Report of the Indian Hemp Drugs Commission, 1894-1895 - Volume V
Year: 1894
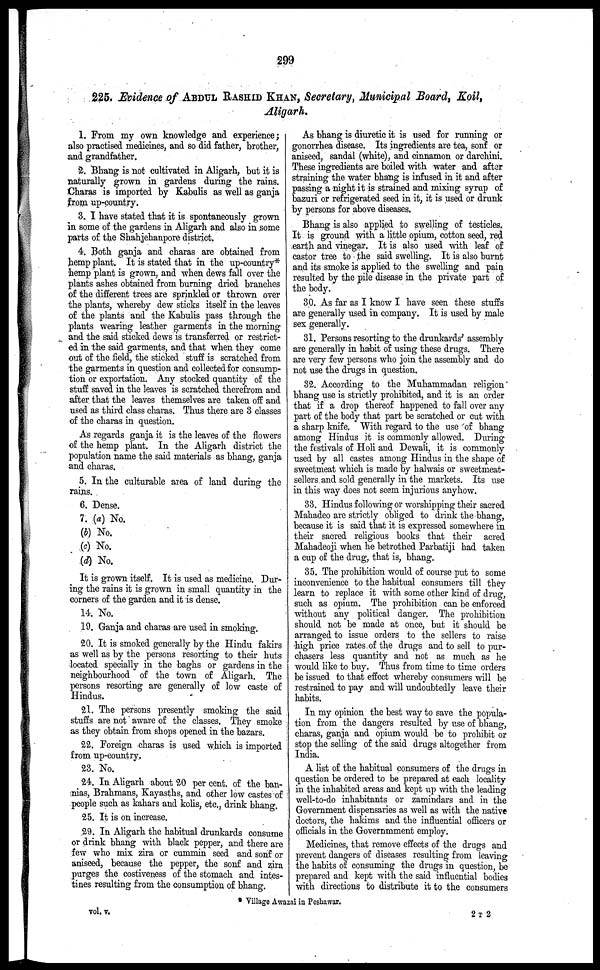
299
225. Evidence of ABDUL RASHID KHAN, Secretary, Municipal Board, Koil,
Aligarh.
1. From my own knowledge and experience;
also practised medicines, and so did rather, brother,
and grandfather.
2. Bhang is not cultivated in Aligarh, but it is
naturally grown in gardens during the rains.
Charas is imported by Kabulis as well as ganja
from up-country.
3. I have stated that it is spontaneously grown
in some of the gardens in Aligarh and also in some
parts of the Shahjehanpore district.
4. Both ganja and charas are obtained from
hemp plant. It is stated that in the up-country*
hemp plant is grown, and when dews fall over the
plants ashes obtained from burning dried branches
of the different trees are sprinkled or thrown over
the plants, whereby dew sticks itself in the leaves
of the plants and the Kabulis pass through the
plants wearing leather garments in the morning
and the said sticked dews is transferred or restrict-
ed in the said garments, and that when they come
out of the field, the sticked stuff is scratched from
the garments in question and collected for consump-
tion or exportation. Any stocked quantity of the
stuff saved in the leaves is scratched therefrom and
after that the leaves themselves are taken off and
used as third class charas. Thus there are 3 classes
of the charas in question.
As regards ganja it is the leaves of the flowers
of the hemp plant. In the Aligarh district the
population name the said materials as bhang, ganja
and charas.
5. In the culturable area of land during the
rains.
6. Dense.
7. (a) No.
(b) No.
(c) No.
(d) No.
It is grown itself. It is used as medicine. Dur-
ing the rains it is grown in small quantity in the
corners of the garden and it is dense.
14. No.
19. Ganja and charas are used in smoking.
20. It is smoked generally by the Hindu fakirs
as well as by the persons resorting to their huts
located specially in the baghs or gardens in the
neighbourhood of the town of Aligarh. The
persons resorting are generally of low caste of
Hindus.
21. The persons presently smoking the said
stuffs are not aware of the classes. They smoke
as they obtain from shops opened in the bazars.
22. Foreign charas is used which is imported
from up-country.
23. No.
24. In Aligarh about 20 per cent. of the ban-
nias, Brahmans, Kayasths, and other low castes of
people such as kahars and kolis, etc., drink bhang.
25. It is on increase.
29. In Aligarh the habitual drunkards consume
or drink bhang with black pepper, and there are
few who mix zira or cummin seed and sonf or
aniseed, because the pepper, the sonf and zira
purges the costiveness of the stomach and intes-
tines resulting from the consumption of bhang.
As bhang is diuretic it is used for running or
gonorrhea disease. Its ingredients are tea, sonf or
aniseed, sandal (white), and cinnamon or darchini.
These ingredients are boiled with water and after
straining the water bhang is infused in it and after
passing a night it is strained and mixing syrup of
bazuri or refrigerated seed in it, it is used or drunk
by persons for above diseases.
Bhang is also applied to swelling of testicles.
It is ground with a little opium, cotton seed, red
earth and vinegar. It is also used with leaf of
castor tree to the said swelling. It is also burnt
and its smoke is applied to the swelling and pain
resulted by the pile disease in the private part of
the body.
30. As far as I know I have seen these stuffs
are generally used in company. It is used by male
sex generally.
31. Persons resorting to the drunkards' assembly
are generally in habit of using these drugs. There
are very few persons who join the assembly and do
not use the drugs in question.
32. According to the Muhammadan religion
bhang use is strictly prohibited, and it is an order
that if a drop thereof happened to fall over any
part of the body that part be scratched or cut with
a sharp knife. With regard to the use of bhang
among Hindus it is commonly allowed. During
the festivals of Holi and Dewali, it is commonly
used by all castes among Hindus in the shape of
sweetmeat which is made by halwais or sweetmeat-
sellers and sold generally in the markets. Its use
in this way does not seem injurious anyhow.
33. Hindus following or worshipping their sacred
Mahadeo are strictly obliged to drink the bhang,
because it is said that it is expressed somewhere in
their sacred religious books that their acred
Mahadeoji when he betrothed Parbatiji had taken
a cup of the drug, that is, bhang.
35. The prohibition would of course put to some
inconvenience to the habitual consumers till they
learn to replace it with some other kind of drug,
such as opium. The prohibition can be enforced
without any political danger. The prohibition
should not be made at once, but it should be
arranged to issue orders to the sellers to raise
high price rates of the drugs and to sell to pur-
chasers less quantity and not as much as he
would like to buy. Thus from time to time orders
be issued to that effect whereby consumers will be
restrained to pay and will undoubtedly leave their
habits.
In my opinion the best way to save the popula-
tion from the dangers resulted by use of bhang,
charas, ganja and opium would be to prohibit or
stop the selling of the said drugs altogether from
India.
A list of the habitual consumers of the drugs in
question be ordered to be prepared at each locality
in the inhabited areas and kept up with the leading
well-to-do inhabitants or zamindars and in the
Government dispensaries as well as with the native
doctors, the hakims and the influential officers or
officials in the Governmment employ.
Medicines, that remove effects of the drugs and
prevent dangers of diseases resulting from leaving
the habits of consuming the drugs in question, be
prepared and kept with the said influential bodies
with directions to distribute it to the consumers
vol. v.
Village Awazni in Peshawar.
2T 2